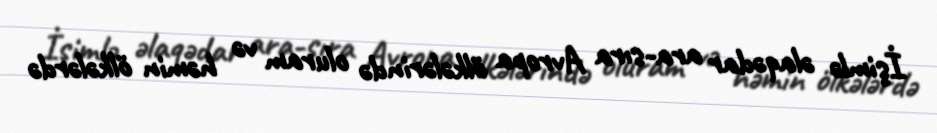
İşimlə əlaqədar ara-sıra Avropa ölkələrində oluram və həmin ölkələrdə